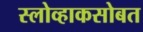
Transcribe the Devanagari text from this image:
स्लोव्हाकसोबत